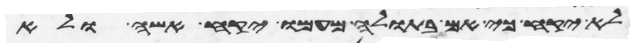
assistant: לא יקח כי אם בתולה מעמו יקח אשה ולא